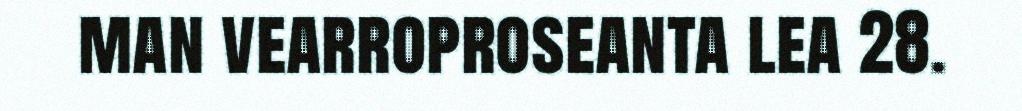
man vearroproseanta lea 28.